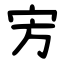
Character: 㝑